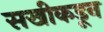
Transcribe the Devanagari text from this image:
सखीकडून